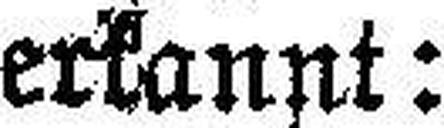
erkannt: